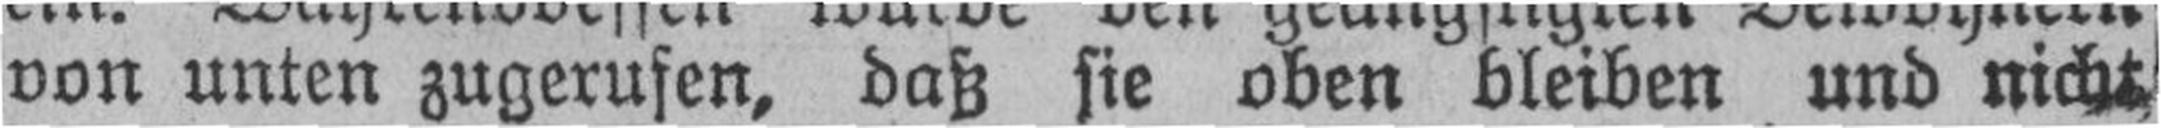
von unten zugerufen, daß sie oben bleiben und nicht